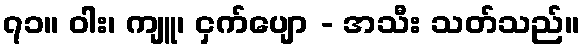
၇၁။ ဝါး၊ ကျူ၊ ငှက်ပျော - အသီး သတ်သည်။